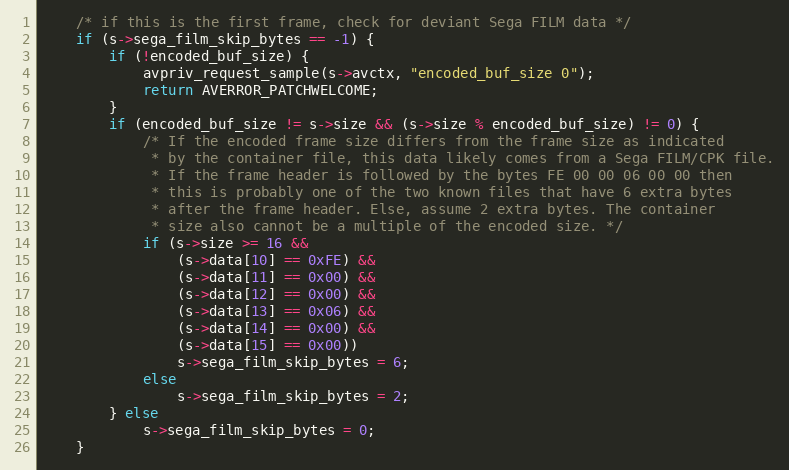
Language: C
    /* if this is the first frame, check for deviant Sega FILM data */
    if (s->sega_film_skip_bytes == -1) {
        if (!encoded_buf_size) {
            avpriv_request_sample(s->avctx, "encoded_buf_size 0");
            return AVERROR_PATCHWELCOME;
        }
        if (encoded_buf_size != s->size && (s->size % encoded_buf_size) != 0) {
            /* If the encoded frame size differs from the frame size as indicated
             * by the container file, this data likely comes from a Sega FILM/CPK file.
             * If the frame header is followed by the bytes FE 00 00 06 00 00 then
             * this is probably one of the two known files that have 6 extra bytes
             * after the frame header. Else, assume 2 extra bytes. The container
             * size also cannot be a multiple of the encoded size. */
            if (s->size >= 16 &&
                (s->data[10] == 0xFE) &&
                (s->data[11] == 0x00) &&
                (s->data[12] == 0x00) &&
                (s->data[13] == 0x06) &&
                (s->data[14] == 0x00) &&
                (s->data[15] == 0x00))
                s->sega_film_skip_bytes = 6;
            else
                s->sega_film_skip_bytes = 2;
        } else
            s->sega_film_skip_bytes = 0;
    }